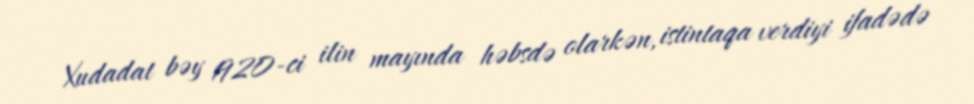
Xudadat bəy 1920-ci ilin mayında həbsdə olarkən, istintaqa verdiyi ifadədə